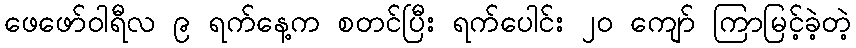
ဖေဖော်ဝါရီလ ၉ ရက်နေ့က စတင်ပြီး ရက်ပေါင်း ၂၀ ကျော် ကြာမြင့်ခဲ့တဲ့